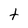
Character: t